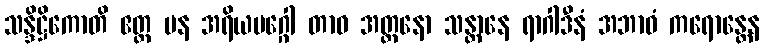
သန္ဒိဋ္ဌိကောတိ ဧတ္ထ ပန အရိယမဂ္ဂေါ တာဝ အတ္တနော သန္တာနေ ရာဂါဒီနံ အဘာဝံ ကရောန္တေန